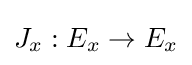
J_{x}:E_{x}\to E_{x}